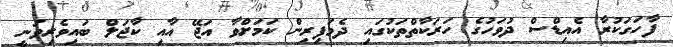
ފާހަގަކުރާ އެއިޑްސް ދުވަހުގެ ހަރަކާތްތަކުގައި ދެމަފިރިން ކަމަށްވާ އަޖޭ އާއި ކާޖަލް ބައިވެރިވަނީ